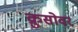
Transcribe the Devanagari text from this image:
क्रुसोवर